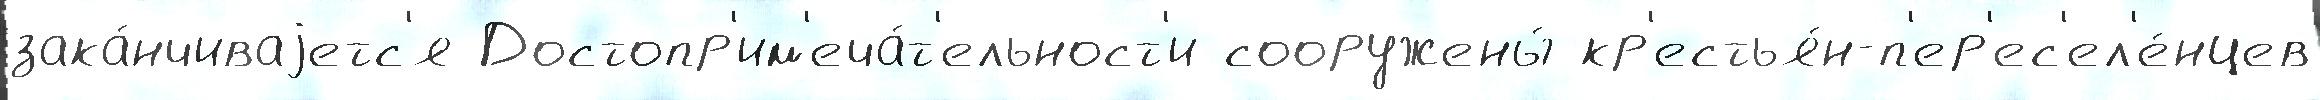
зака́нчиваjетс'я Достопр'им'еча́т'ельност'и сооружены́ кр'естья́н-п'ер'ес'ел'е́нцев